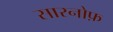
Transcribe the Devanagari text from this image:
सारनोफ़